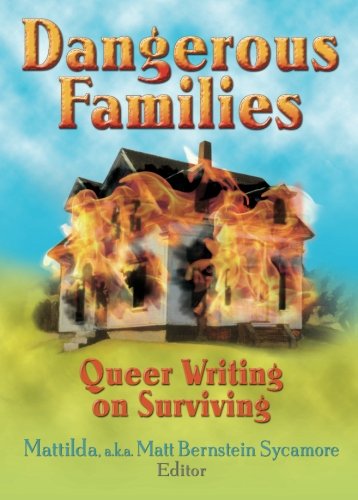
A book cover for Dangerous Families: Queer Writing on Surviving; Matt Bernstein Sycamore; Parenting & Relationships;